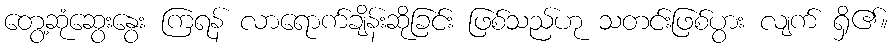
တွေ့ဆုံဆွေးနွေး ကြရန် လာရောက်ချိန်းဆိုခြင်း ဖြစ်သည်ဟု သတင်းဖြစ်ပွား လျက် ရှိ၏။